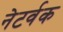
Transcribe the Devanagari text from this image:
नेटर्वक